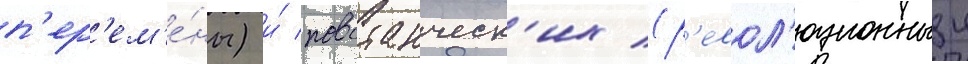
п'ер'ем'е́ны) и́ повстанческ'их (р'евол'юционныи